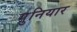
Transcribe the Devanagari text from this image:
गुनियार